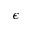
\epsilon